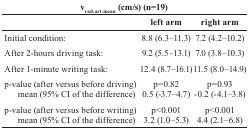
<table><thead><tr><td colspan="3"><b>v<sub>rad.art.mean</sub> (cm/s) (n=19)</b></td></tr><tr><td></td><td><b>left arm</b></td><td><b>right arm</b></td></tr></thead><tbody><tr><td>Initial condition:</td><td>8.8 (6.3–11.3)</td><td>7.2 (4.2–10.2)</td></tr><tr><td>After 2-hours driving task:</td><td>9.2 (5.5–13.1)</td><td>7.0 (3.8–10.3)</td></tr><tr><td>After 1-minute writing task:</td><td>12.4 (8.7–16.1)</td><td>11.5 (8.0–14.9)</td></tr><tr><td>p-value (after versus before driving)</td><td>p=0.82</td><td>p=0.93</td></tr><tr><td>mean (95% CI of the difference)</td><td>0.5 (-3.7–4.7)</td><td>-0.2 (-4.1–3.8)</td></tr><tr><td>p-value (after versus before writing)</td><td>p&lt;0.001</td><td>p&lt;0.001</td></tr><tr><td>mean (95% CI of the difference)</td><td>3.2 (1.0–5.3)</td><td>4.4 (2.1–6.8)</td></tr></tbody></table>